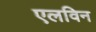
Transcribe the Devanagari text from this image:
एलविन